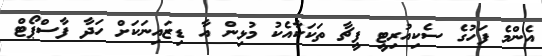
އެންމެ ފަހުގެ ސެކިއުރިޓީ ފީޗާ ތަކަކާއެކު މުޅިން އާ ޑިޒައިނަކަށް ހަދާ ފާސްޕޯޓް